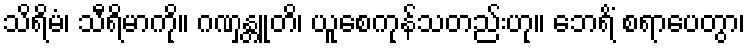
သိရိမံ၊ သီရိမာကို။ ဂဏှန္တူတိ၊ ယူစေကုန်သတည်းဟု။ ဘေရိံ စရာပေတွာ၊